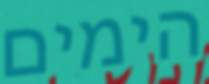
הימים